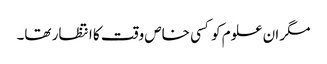
مگر ان علوم کو کسی خاص وقت کا انتظار تھا۔